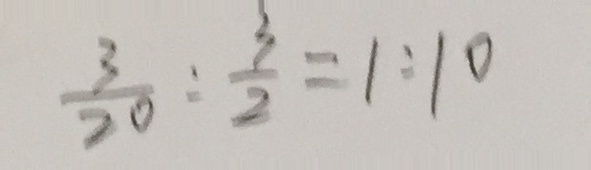
\frac { 3 } { 2 0 } : \frac { 3 } { 2 } = 1 : 1 0